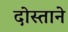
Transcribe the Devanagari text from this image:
दोस्ताने